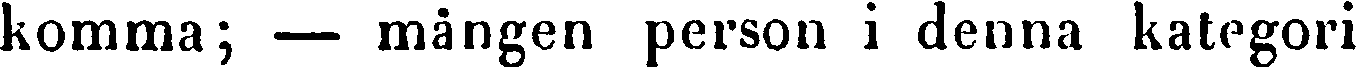
komma; — mången person i denna kategori